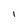
Character: I